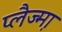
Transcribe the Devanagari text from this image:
प्लैज्म़ा